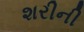
શરીની